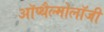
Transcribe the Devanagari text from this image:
ऑप्थैल्मोलॉजी